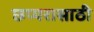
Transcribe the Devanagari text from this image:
छप्परासाठी